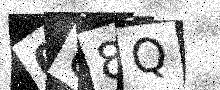
Text: 0U8Q